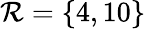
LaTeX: \mathcal{R}=\{ 4,10\}